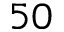
5 0